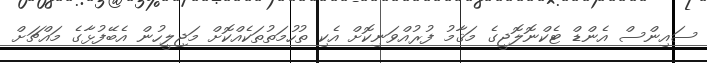
ސައިންސް އެންޑް ޓެކްނޮލޮޖީގެ މަޤާމު ފުރުއްވަނިކޮށް އެކި ތުހުމަތުތަކެއްކޮށް މަޖިލީހުން އެބޭފުޅާގެ މައްޗަށް